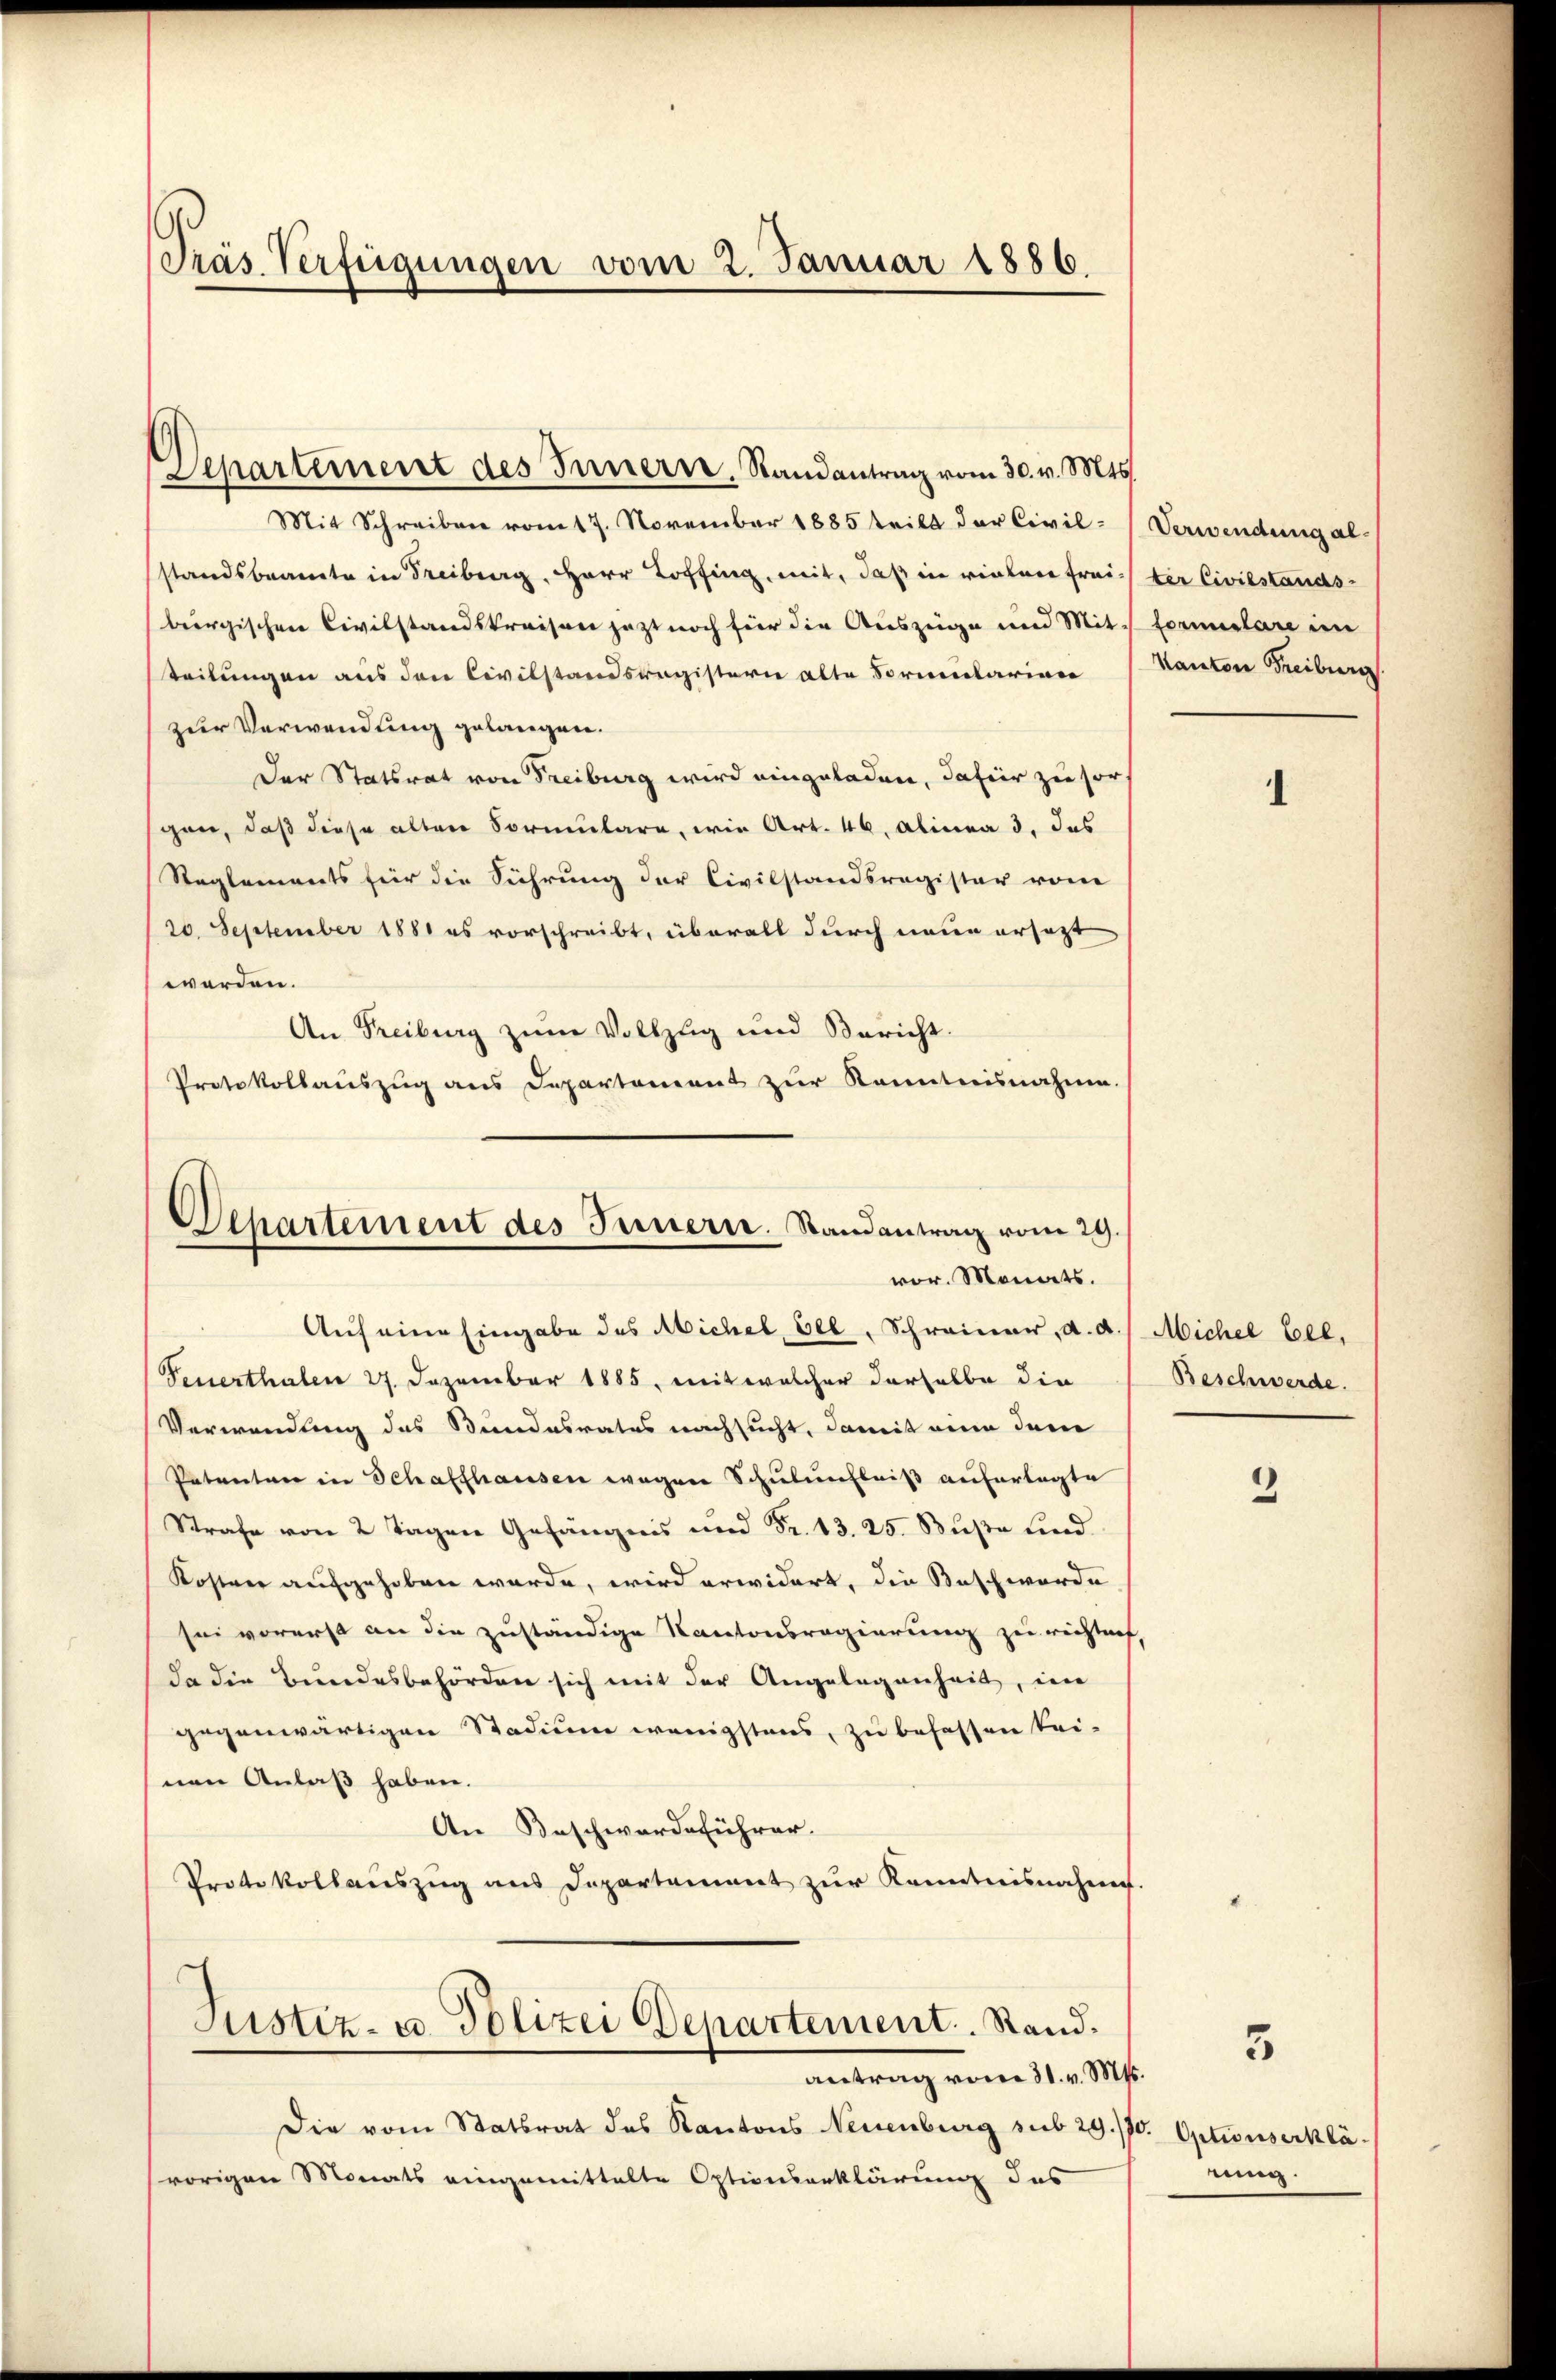
Pras Verfügungen vom 2. Januar 1886

Departement des Innern. Randantrag vom 30. v. Mts.
Mit Schreiben vom 17. November 1885 teilt der Civil-Verwendung alstandsbeamte in Freiburg, Herr Kopfing, mit, daß in vielen freiburgischen Civilstandskreisen jetzt noch für die Auszeige und Mit Formulare im
teilungen aus den Civilstandsregistern alte Formentarian
zur Verwendung gelangen.
Der Statsrat von Freiburg wird eingeladen, dafür zu sors
gen, daß diese alten Formulare, wie Art. 46. Alinea 3. das
Reglements für die Führung der Civilstandsregister von
20. September 1881 es vorschreibt, überall durch neue ersetzt
werden.
An Freiburg zum Vollzug und Bericht.
Protokollauszug aus Departement zur Kenntnisnahme.
Auf eine Eingabe des Michel, Fel, Schreiner, a. a.
Feuerthalen 27. Dezember 1885, mit welcher derselbe die
Verwendung des Stundesrates nachsucht, damit eine dem
Patenten in Schaffhausen wegen Schulunbniß auferlegte
Strafe von 2 Tagen Gefängnis und Fr. 13. 25. Buße und
Kostrer aufgehoben wurde, wird erwidert, die Beschwerde
sei vorerst an die zuständige Kantonsregierung zu richtet
da die Bundesbehörden sich mit der Angelegenheit, im
gegenwärtigen Stadium wenigstens, zu befassen bei-
nen Anlaß haben.
An Beschwerdeführer.
Protokollaŭszŭg ans Departement zŭr Kenntnisnahme.
Justiz- u. Polizei Departement. Rand.
antrag vom 31. v. Mts.
Die vom Statsrat des Kantons Neuenburg sub 29./70
vorigen Monats eingemittelte Optionserklärung des

Departement des Innern. Randantrag vom 29.
vor. Monats.

ter Civilstands-
Kanton Freiburg.

1

Michel bel,
Beschwerde.

2

3

. Optionserkläning.